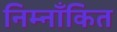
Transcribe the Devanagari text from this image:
निम्नाँकित